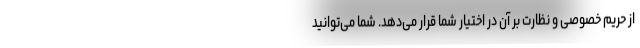
از حریم خصوصی و نظارت بر آن در اختیار شما قرار می‌دهد. شما می‌توانید